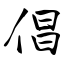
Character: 倡